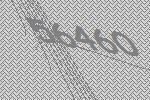
56460